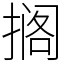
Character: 搁